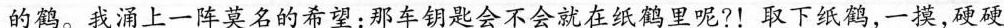
的鹤。我涌上一阵莫名其妙的希望：那车钥匙会不会就在纸鹤里呢？取下纸鹤，一摸，硬硬